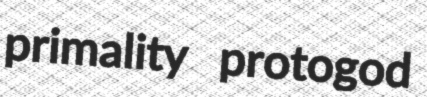
primality protogod